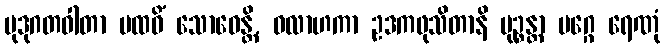
မုဒုဂတဝါတာ ပထဝိံ သောဓေန္တိ, ဝလာဟကာ ဥဒကဖုသိတာနိ မုဉ္စန္တာ မဂ္ဂေ ရေဏုံ